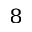
_ 8